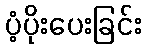
ပံ့ပိုးပေးခြင်း